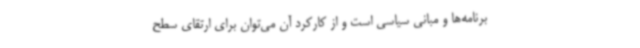
برنامه‌ها و مبانی سیاسی است و از کارکرد آن می‌توان برای ارتقای سطح